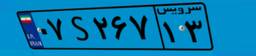
۶۹S۶۶۸۰۷